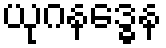
ယုဂနဒ္ဓေန